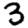
Digit: 3